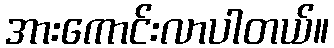
အားကောင်းလာပါတယ်။